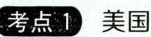
考点 1 美国